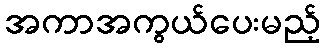
အကာအကွယ်ပေးမည့်